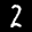
Label: 2